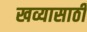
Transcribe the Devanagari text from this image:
खव्यासाठी